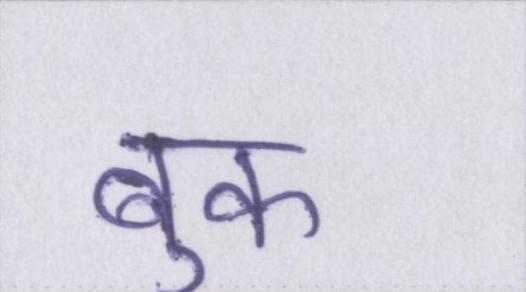
बुक